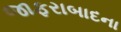
જાફરાબાદના